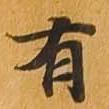
有